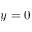
y = 0